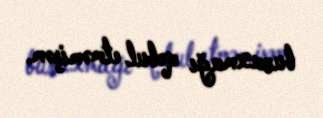
buraxmağı qəbul etməmişəm.